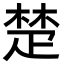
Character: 楚